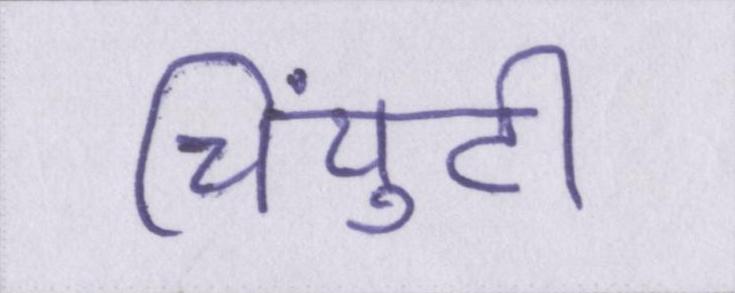
चिंयुटी